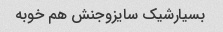
بسیارشیک سایزوجنش هم خوبه